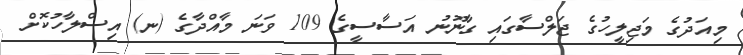
މިއަދުގެ މަޖިލީހުގެ ޖަލްސާގައި ގާނޫނު އަސާސީގެ 109 ވަނަ މާއްދާގެ (ނ) އިސްލާހުކޮށް